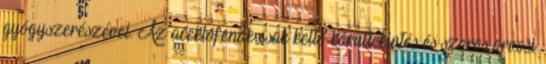
gyógyszerészével. Az aceklofenák csak kellő körültekintés és szoros orvosi